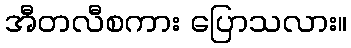
အီတလီစကား ပြောသလား။